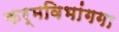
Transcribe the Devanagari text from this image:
कर्मविभांगगा